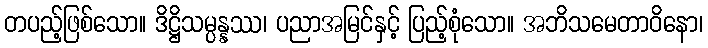
တပည့်ဖြစ်သော။ ဒိဋ္ဌိသမ္ပန္နဿ၊ ပညာအမြင်နှင့် ပြည့်စုံသော။ အဘိသမေတာဝိနော၊